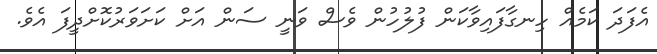
އެފަދަ ކަމެއް ހިނގާފައިވާކަން ފުލުހުން ވެސް ވަނީ ސަން އަށް ކަށަވަރުކޮށްދީފަ އެވެ.